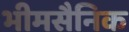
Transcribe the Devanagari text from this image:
भीमसैनिक